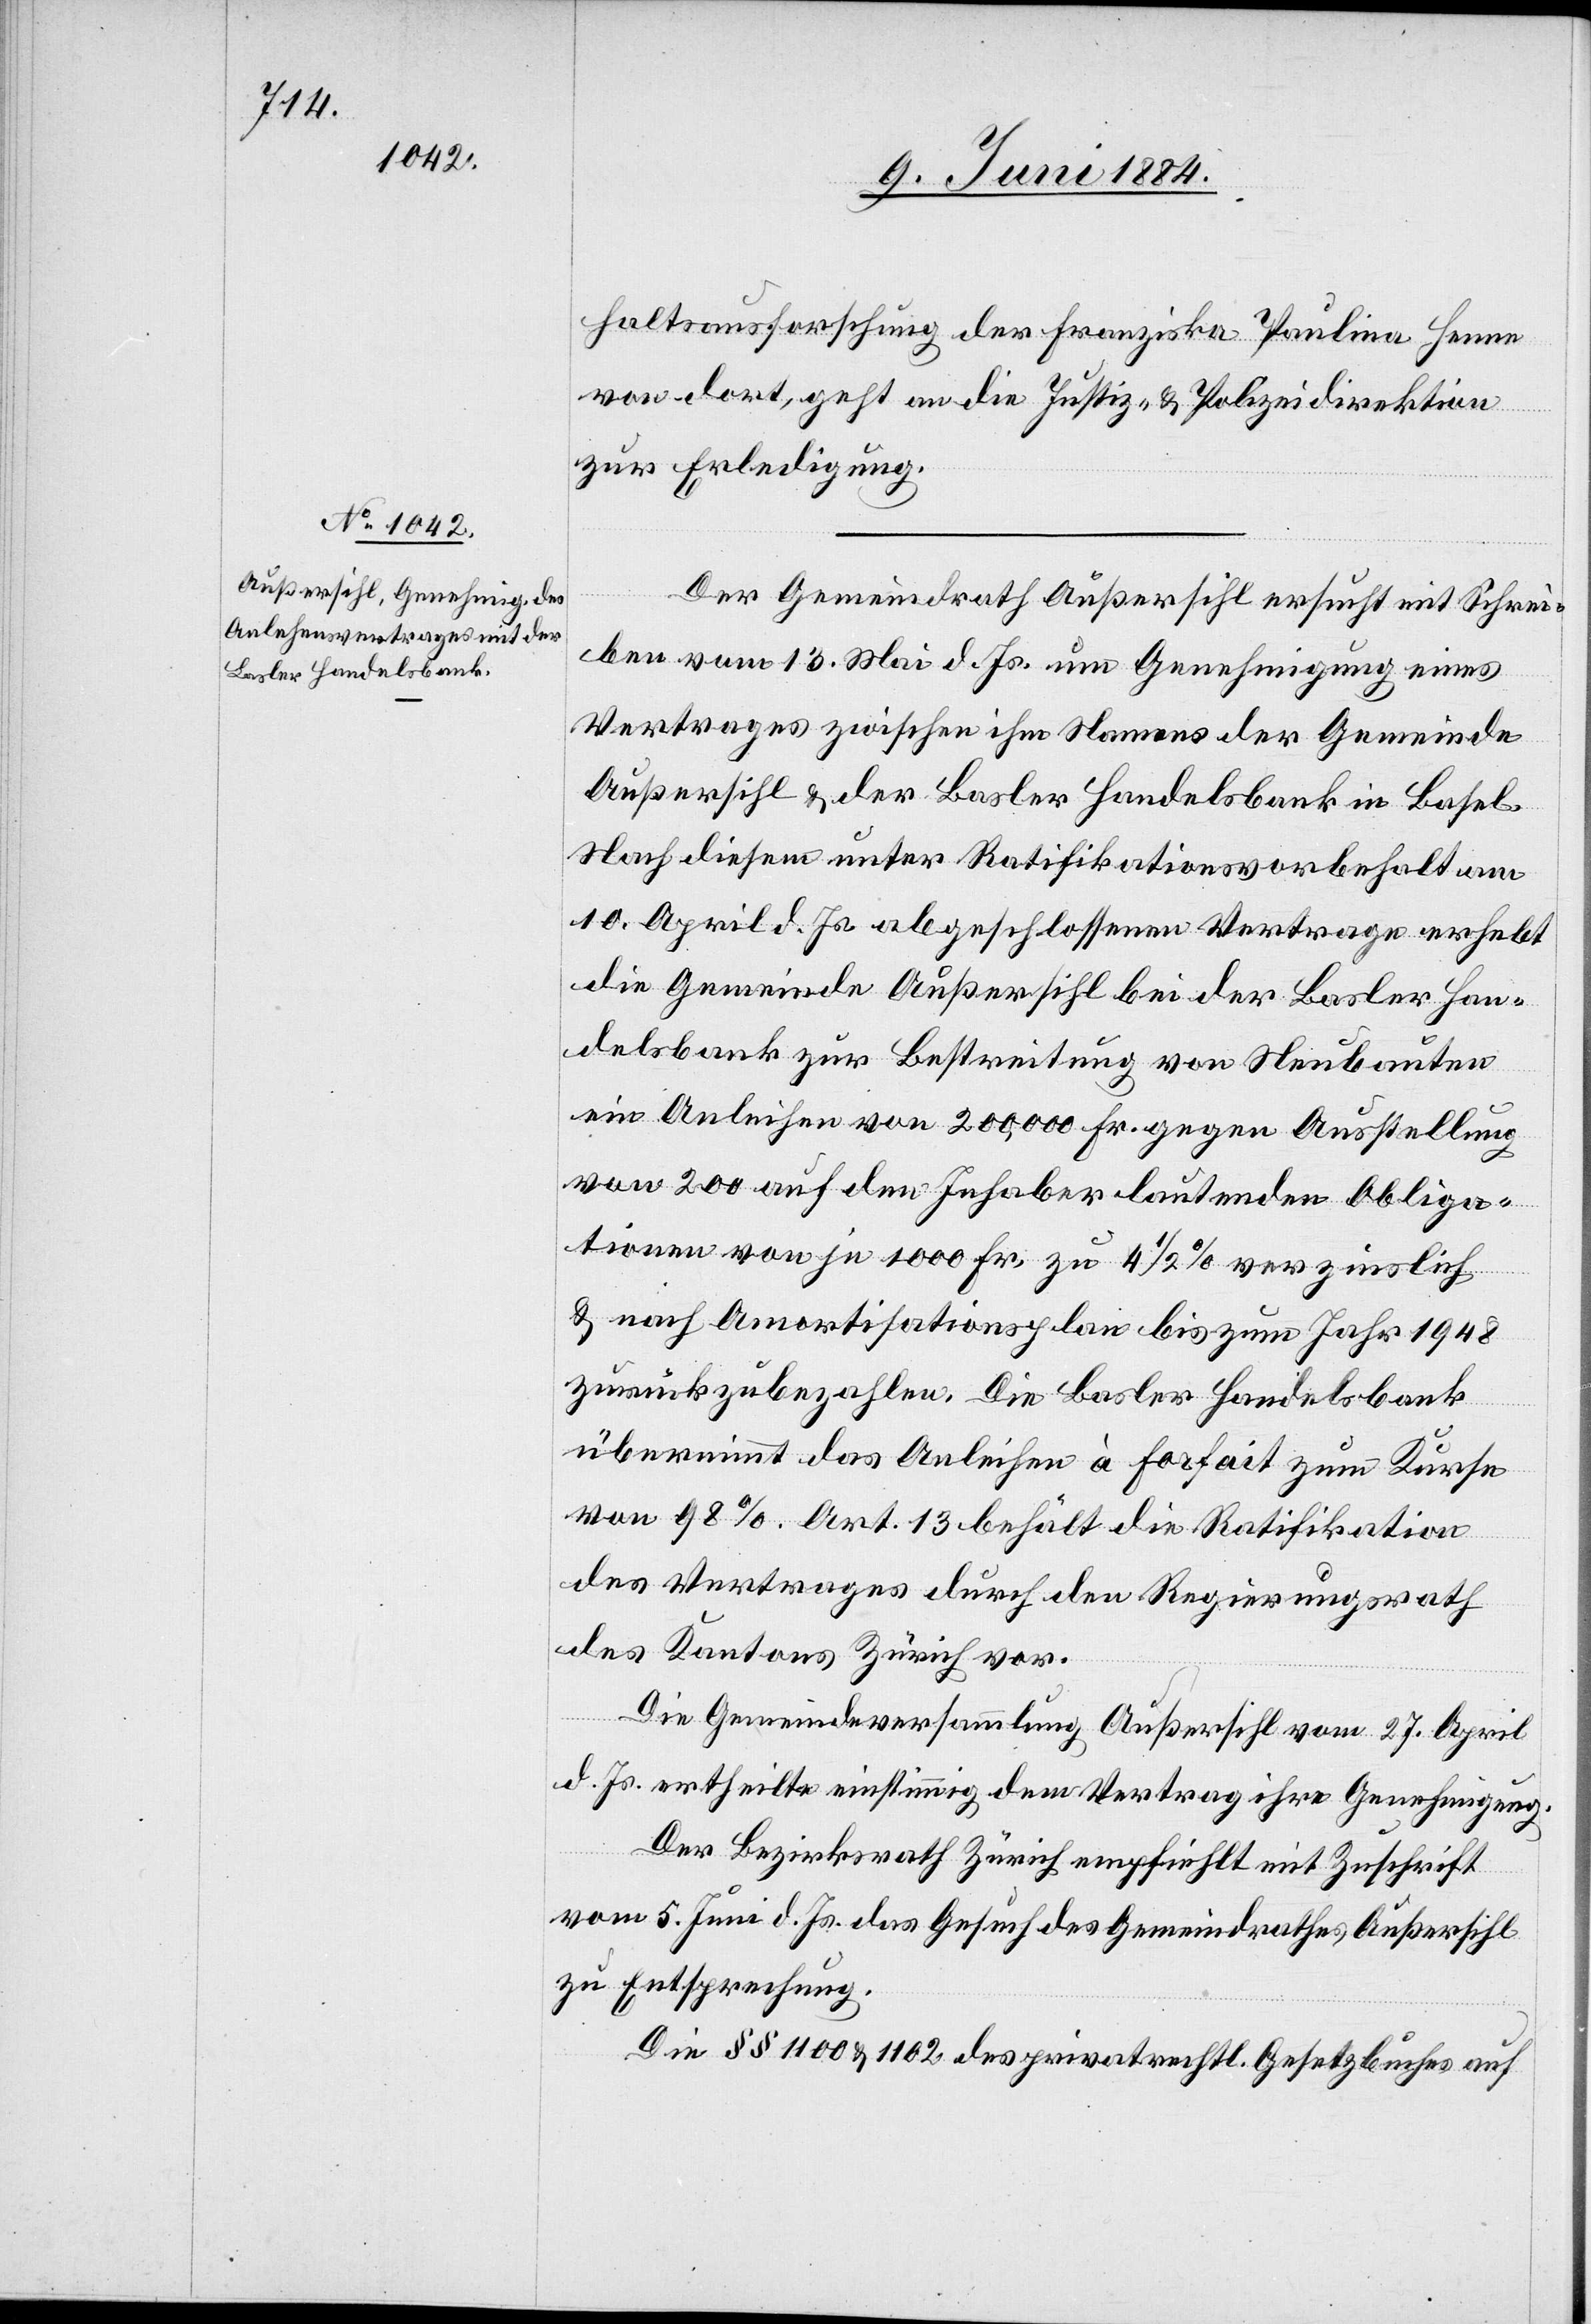
11.

haltsnachforschung der Franziska Paulina Henne
von dort, geht an die Justiz- & Polizeidirektion
l-Verfügungen.
zur Erledigung.
Juni
Der Gemeindrath Außersihl ersucht mit Schrei¬
ben vom 13. Mai d. Js. um Genehmigung eines
Vertrages zwischen ihm Namens der Gemeinde
Außersihl & der Basler Handelsbank in Basel.
Nach diesem unter Ratifikationsvorbehalt am
10. April d. Js. abgeschlossenen Vertrage erhebt
die Gemeinde Außersihl bei der Basler Han¬
delsbank zu Bestreitung von Neubauten
ein Anleihen von 200,000 Fr. gegen Ausstellung
von 200 auf den Inhaber lautenden Obliga¬
tionen von je 1000 Fr., zu 4 1/2% verzinslich
& nach Amortisationsplan bis zum Jahr 1948
zurückzubezahlen. Die Basler Handelsbank
übernimmt das Anleihen à forfait zum Kurse
von 98%. Art. 13 behält die Ratifikation
des Vertrages durch den Regierungsrath
des Kantons Zürich vor.
Die Gemeindeversammlung Außersihl vom 27. April
d. Js. ertheilte einstimmig dem Vertrag ihre Genehmigung.
Der Bezirksrath Zürich empfiehlt mit Zuschrift
vom 5. Juni d. Js. das Gesuch des Gemeindrathes Außersihl
zur Entsprechung.
Die §§ 1100 & 1102 des privatrechtl. Gesetzbuches auf